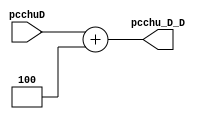
`timescale 1ns / 1ps
//////////////////////////////////////////////////////////////////////////////////
// Company: 
// Engineer: 
// 
// Design Name: 
// Module Name:    add4_3 
// Project Name: 
// Target Devices: 
// Tool versions: 
// Description: 
//
// Dependencies: 
//
// Revision: 
// Revision 0.01 - File Created
// Additional Comments: 
//
//////////////////////////////////////////////////////////////////////////////////
module add4_3(
	 input [31:0] pcchuD,
	 output [31:0] pcchu_D_D
    );
	 assign pcchu_D_D = pcchuD + 4;


endmodule